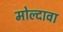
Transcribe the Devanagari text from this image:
मोल्दावा